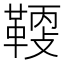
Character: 𩋸